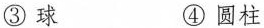
③球 ④圆柱